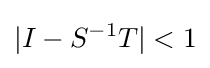
|I-S^{-1}T|<1